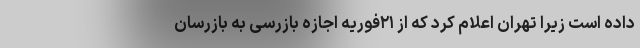
داده است زیرا تهران اعلام کرد که از ۲۱فوریه اجازه بازرسی به بازرسان